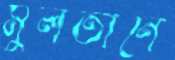
মুলতানে